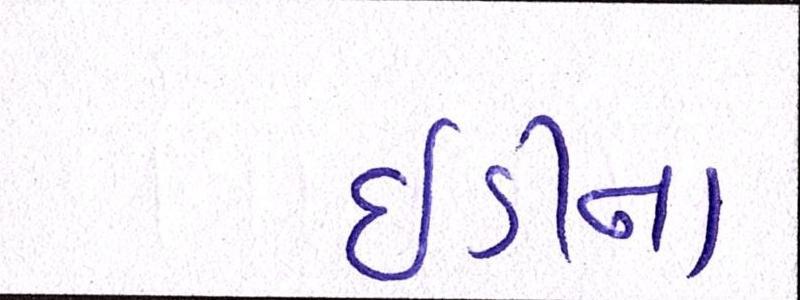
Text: ઇડીના